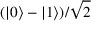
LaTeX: ( | 0 \rangle - | 1 \rangle ) / { \sqrt { 2 } }